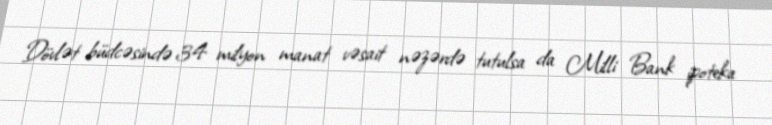
Dövlət büdcəsində 34 milyon manat vəsait nəzərdə tutulsa da Milli Bank ipoteka